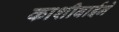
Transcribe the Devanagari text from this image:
काशीबाईने